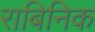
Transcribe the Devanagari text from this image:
राबिनिक